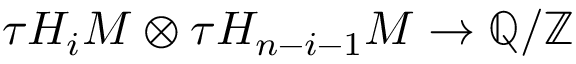
\tau H _ { i } M \otimes \tau H _ { n - i - 1 } M \to \mathbb { Q } / \mathbb { Z }